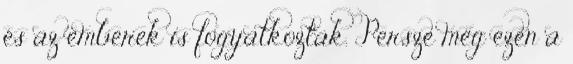
és az emberek is fogyatkoztak. Persze még ezen a